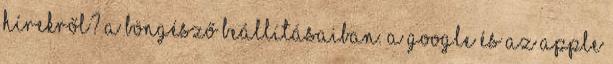
hírekről? a böngésző beállításaiban. A Google és az Apple